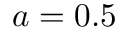
a = 0 . 5